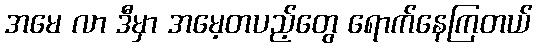
အမေ လာ ဒီမှာ အမေ့တပည့်တွေ ရောက်နေကြတယ်